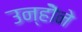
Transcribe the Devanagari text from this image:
उन्होॆने